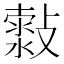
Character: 𣀍